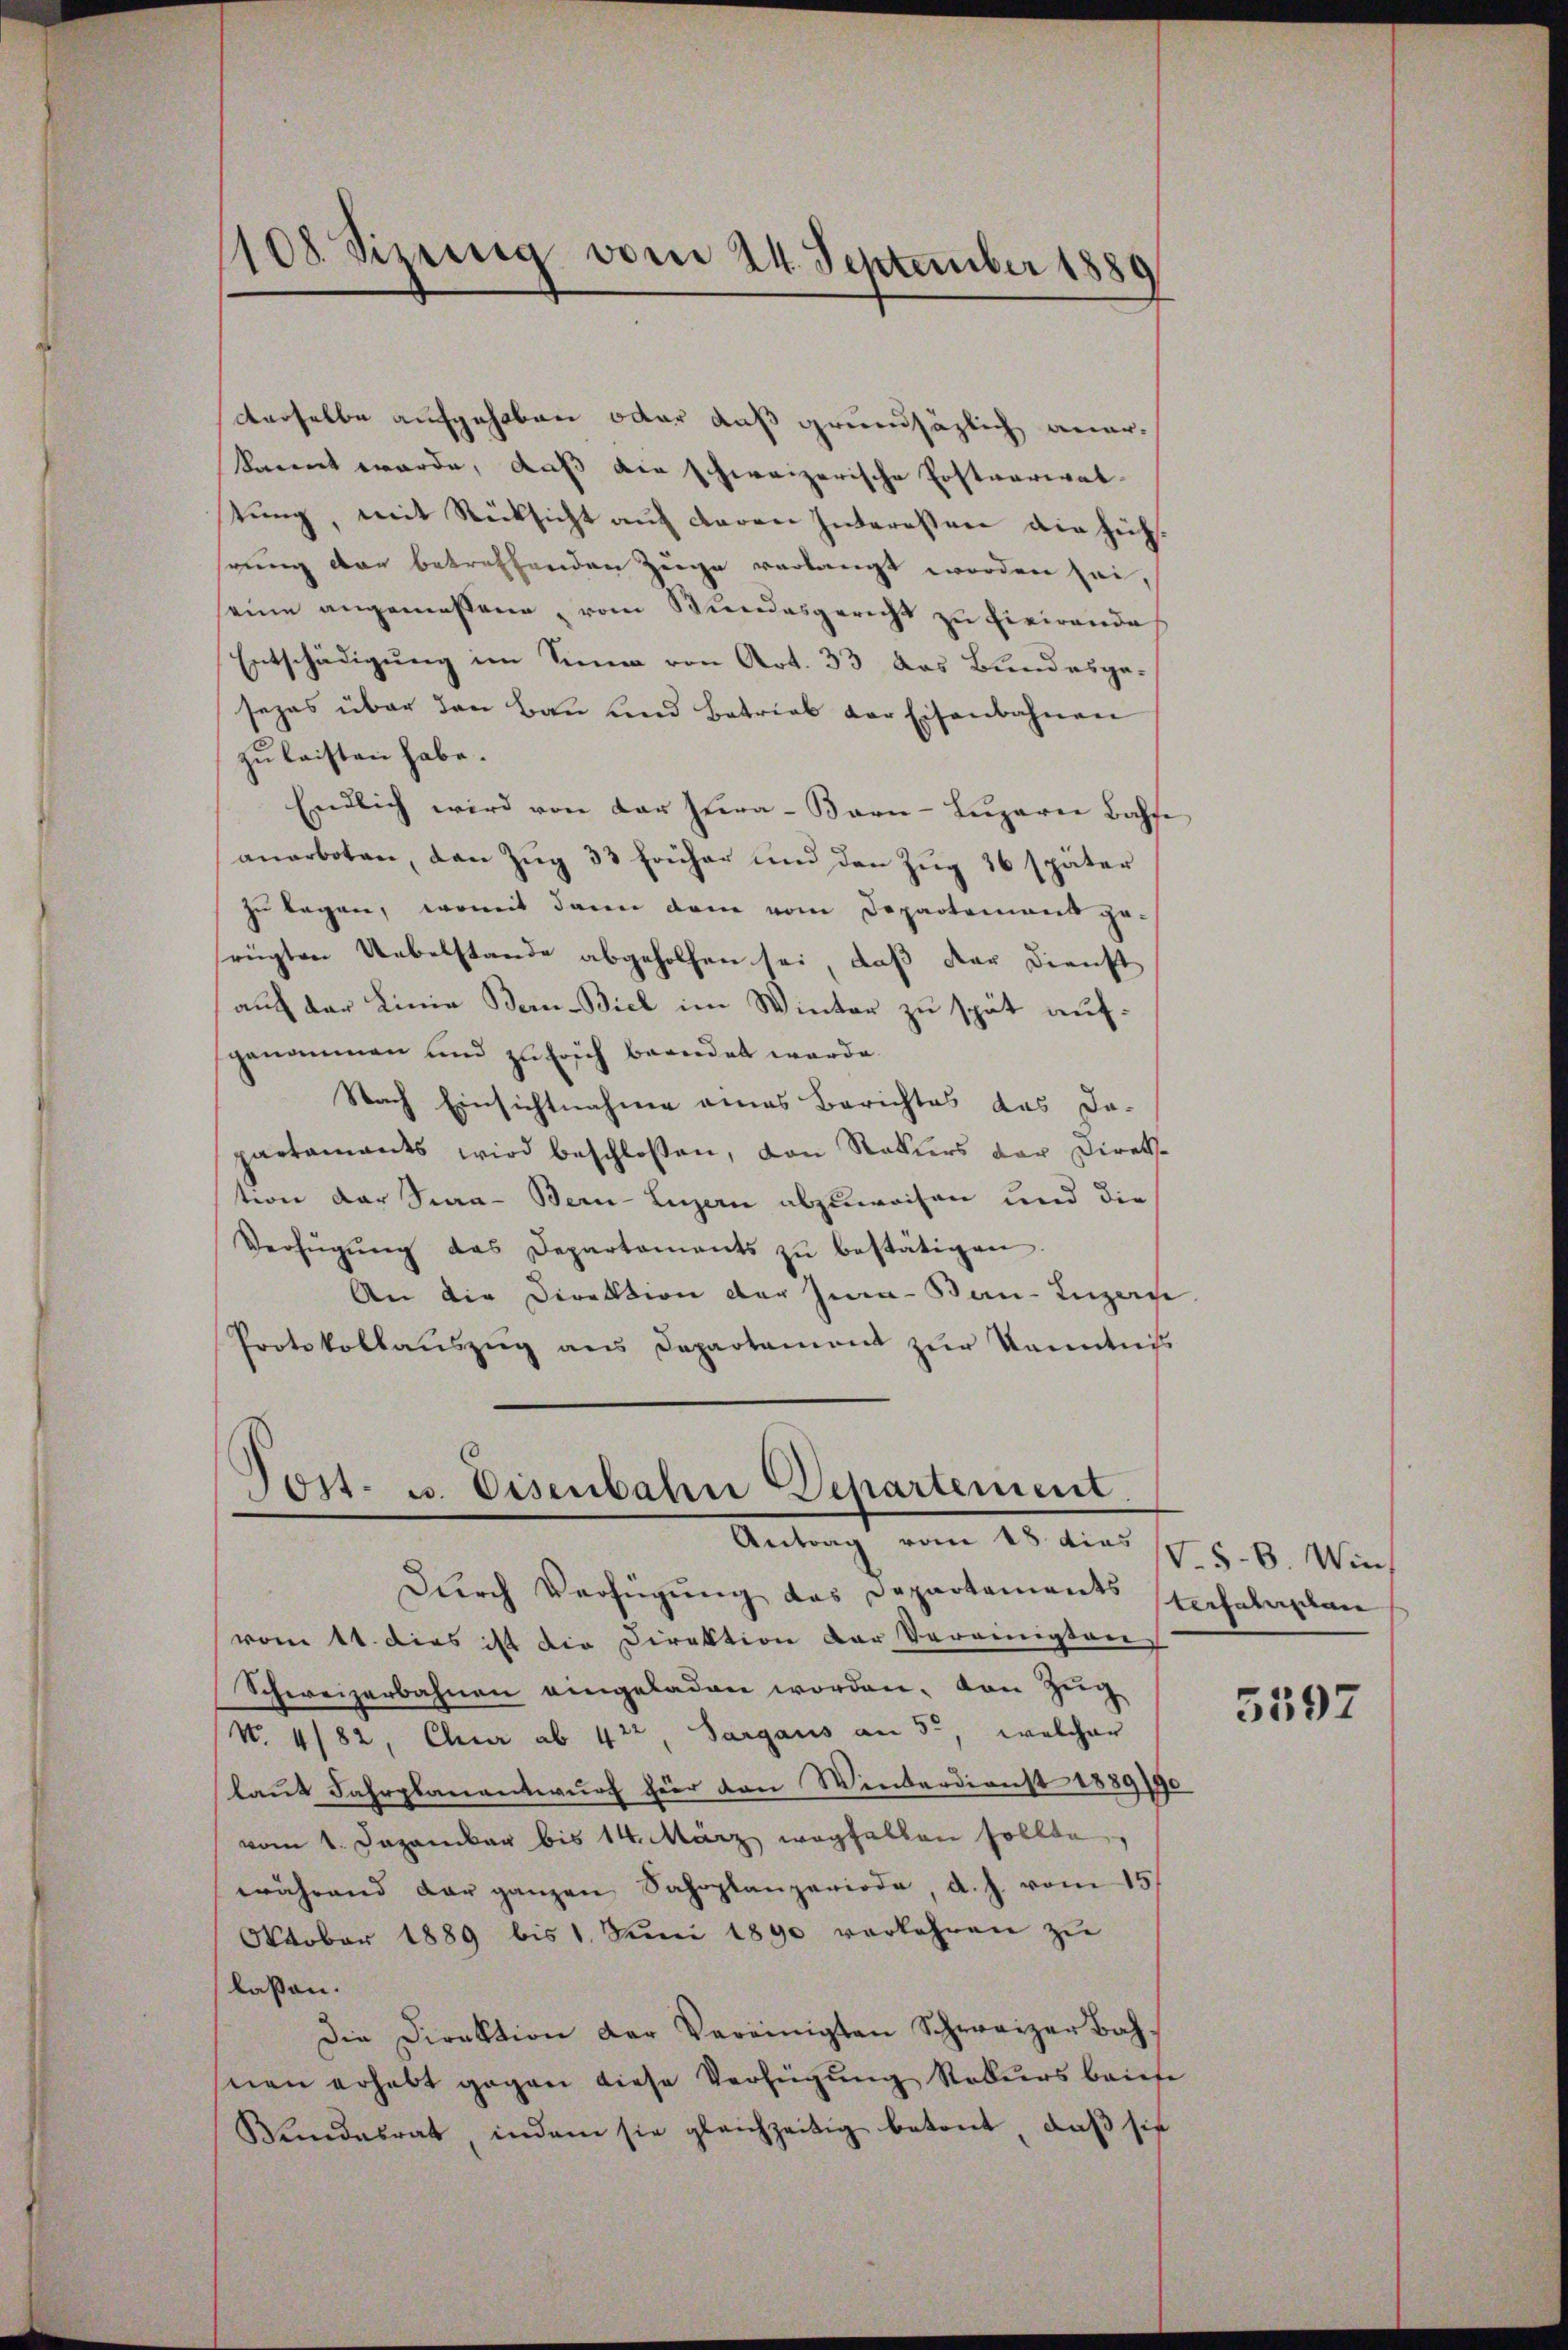
108. Sizung vom 24. September 1889

derselbe aufgehoben oder auß grundsätzlich aner-
kannt werde, daß die schweizerische Erstvariat-
tung, mit Rücksicht auf deren Interessen die hieh
rung der betreffenden Zeuge verlangt worden sei,
seine angemessene, vom Bundesgericht zu finirende
Entschädigung im Sinne von Art. 33 das Bundesgesezes über den Bau und Betrieb der Eisenbahnen
zu leisten habe.
Endlich wird von der Zŭra-Bern-Lŭzarer Base
anerboten, den Zŭg 33 früher und den Zŭg 36 später
zu legen, womit dann dem vom Departement gerügten Uebelstande abgeholfen sei, daß der Dienst
auf der Linie Bern-Biel im Winter zu spät aufgenommen und zu früh beendet werde.
Nach Einsichtnahme eines Berichtes das Dopartamants wird beschloßen, von Rekurs der Direktion der Sara - Bern-Luzern abzuweisen und die
Verfügŭng das Departements zŭ bestätigen.
An die Direktion der Jura-Ban-Luzern
Protokollauszug aus Departament zur Kenntniss

Post- u. Eisenbahn Departement.
Antragt vom 23. aus s. z. B. Win

Dŭrch Verfügŭng das Departements techalasten
vom 11. dies ist die Direktion der Vereinigten,
Schweizerbahnen eingeladen worden, von Zug
(No. 482, Chur ab 422, Sargaus an 50, welcher
laŭt Fahrplanantwŭrf hier von Winderdienst 1889/90
vom 1. Dezember bis 14. März wegfallen sollte,
während dar ganzen Sahrplanperiode, d. J. vom 15
Oktober 1889 bis 1. Juni 1890 verkehren zu
laßen.
Die Direktion der Vereinigten Schweizer Bah
nen erhebt gegen diese Verfügung Rekurs baute
Windesrat, indem sie gleichzeitig betont, daβ sie

5597